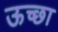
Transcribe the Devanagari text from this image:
ऊच्छा